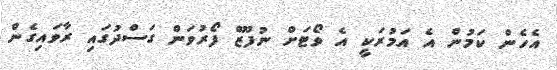
އެހެން ކަމުން އެ އަމުރަކީ އެ ވޯޓަށް ނުފޫޒް ފޯރުވަން ގަސްދުގައި ރާވައިގެން